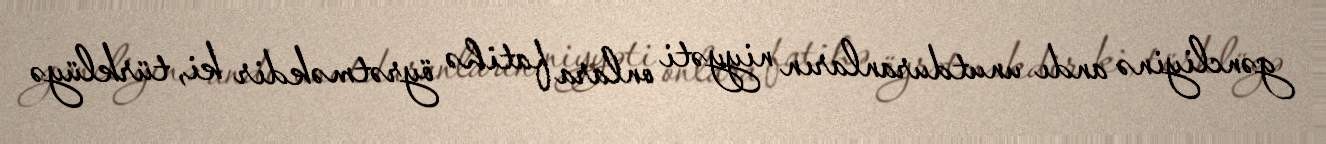
gəncliyinə andı unutduranların niyyəti onlara fatihə öyrətməkdir ki, türklüyə